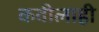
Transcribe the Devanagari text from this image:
कवीलाही